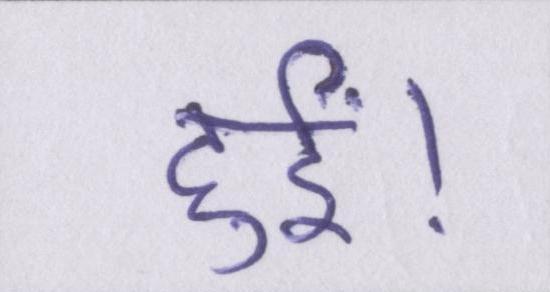
हुईं।